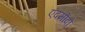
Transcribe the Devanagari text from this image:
एदमोंदो